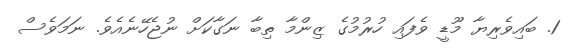
1. ބައިވެރިޔާ މޫޑީ ވެފައި ހުރުމުގެ ޒިންމާ ތިބާ ނަގާކަށް ނުޖެހޭނެއެވެ. ނަމަވެސް